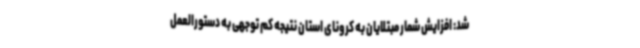
شد: افزایش شمار مبتلایان به کرونای استان نتیجه کم توجهی به دستورالعمل